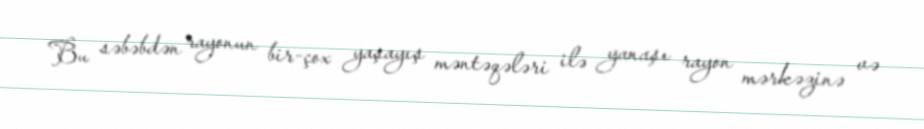
Bu səbəbdən rayonun bir-çox yaşayış məntəqələri ilə yanaşı rayon mərkəzinə və